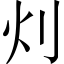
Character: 灲